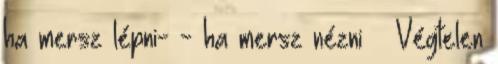
ha mersz lépni- - ha mersz nézni – Végtelen